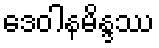
ဒေဝါနမိန္ဒဿ